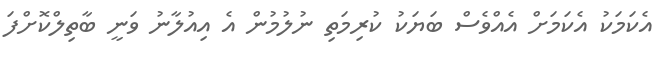
އެކަމަކު އެކަމަށް އެއްވެސް ބަޔަކު ކުރިމަތި ނުލުމުން އެ އިއުލާނު ވަނީ ބާތިލްކޮށްފަ